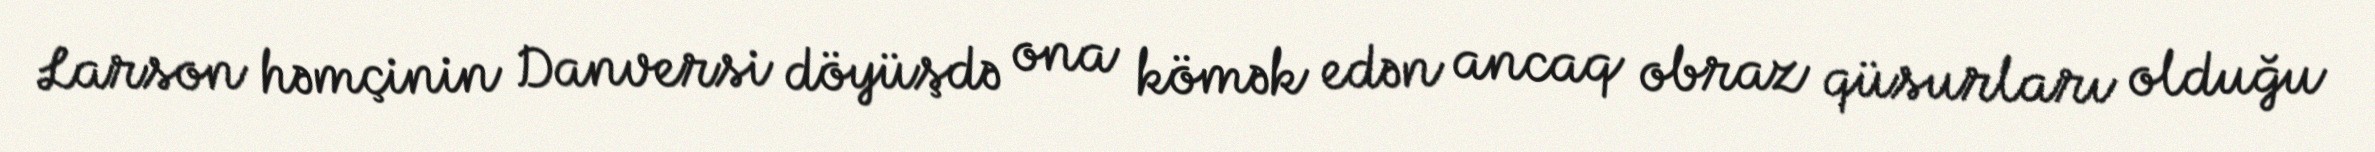
Larson həmçinin Danversi döyüşdə ona kömək edən ancaq obraz qüsurları olduğu